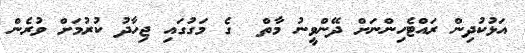
އަޅުކުދިން ރައްޓެހިންނަށް ދޭންވީނު މާތް  ގެ މަގުގައި ޖިހާދު ކުރުމަށް ވުރެން